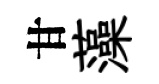
甘藻